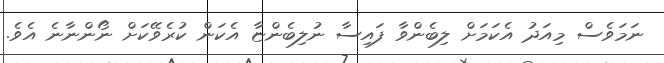
ނަމަވެސް މިއަދު އެކަމަށް ލިބެންވާ ފައިސާ ނުލިބެންޏާ އެކަން ކުރެވޭކަށް ނޯންނާނެ އެވެ.